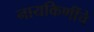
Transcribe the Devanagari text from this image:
नायकिणींचे